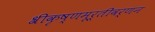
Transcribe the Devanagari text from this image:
श्रीकृष्णमूर्तीवर्णन